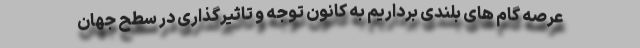
عرصه گام های بلندی برداریم به کانون توجه و تاثیرگذاری در سطح جهان